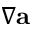
\nabla { \mathbf a }